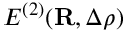
E ^ { ( 2 ) } ( { \bf R } , \Delta \rho )